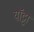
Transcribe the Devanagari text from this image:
यॉट्टा